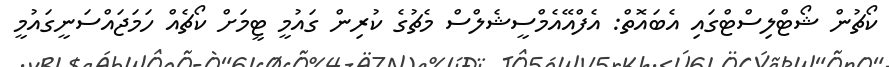
ކޯޗުން ޝޯޓްލިސްޓްގައި އެބައޮތް: އެފްއޭއެމްސީޝެލްސް މެޗުގެ ކުރިން ގައުމީ ޓީމަށް ކޯޗެއް ހަމަޖައްސަނީގައުމީ